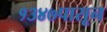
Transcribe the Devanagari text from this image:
१३४७पासून